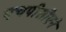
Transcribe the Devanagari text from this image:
एचपीसीएने